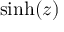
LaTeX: \sinh ( z )